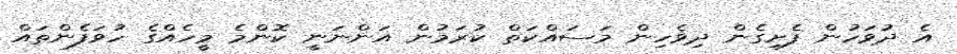
އެ ދުވަހުން ފެށިގެން ދިވެހިން މަސައްކަތް ކުރަމުން އަންނަނީ ކޮންމެ މީހެއްގެ ހުވަފެންތައް